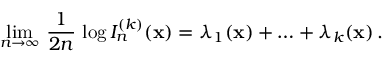
\operatorname* { l i m } _ { n \to \infty } \, \frac { 1 } { 2 n } \, \log I _ { n } ^ { ( k ) } ( { \bf x } ) = \lambda _ { 1 } ( { \bf x } ) + \ldots + \lambda _ { k } ( { \bf x } ) \, .